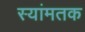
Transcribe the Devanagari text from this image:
स्यांमतक